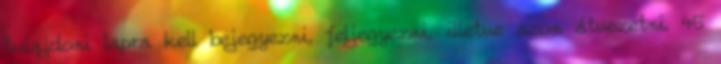
tulajdoni lapra kell bejegyezni, feljegyezni, illetve azon átvezetni. 45